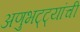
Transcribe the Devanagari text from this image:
अणुभट्ट्यांची